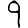
Digit: 9